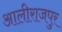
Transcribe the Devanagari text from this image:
आलीराजपुर